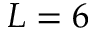
L = 6